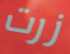
زرت